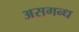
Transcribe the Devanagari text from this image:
असगन्ध